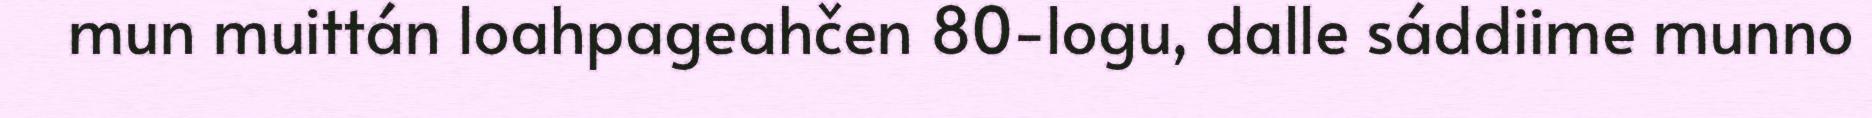
mun muittán loahpageahčen 80-logu, dalle sáddiime munno